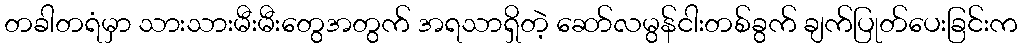
တခါတရံမှာ သားသားမီးမီးတွေအတွက် အရသာရှိတဲ့ ဆော်လမွန်ငါးတစ်ခွက် ချက်ပြုတ်ပေးခြင်းက